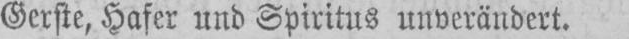
Gerste, Hafer und Spiritus unverändert.